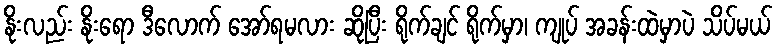
နိုးလည်း နိုးရော ဒီလောက် အော်ရမလား ဆိုပြီး ရိုက်ချင် ရိုက်မှာ၊ ကျုပ် အခန်းထဲမှာပဲ သိပ်မယ်